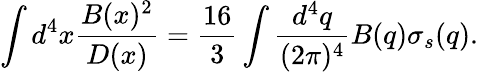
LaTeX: \int d^{4}x\frac{B(x)^{2}}{D(x)}=\frac{16}{3}\int\frac{d^{4}q}{(2\pi)^{4}}B(q)\sigma_{s}(q).